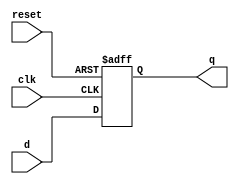
`timescale 1ns / 1ps
//////////////////////////////////////////////////////////////////////////////////
// Company: 
// Engineer: 
// 
// Design Name: 
// Module Name: flopr
// Project Name: 
// Target Devices: 
// Tool Versions: 
// Description: 
// 
// Dependencies: 
// 
// Revision:
// Revision 0.01 - File Created
// Additional Comments:
// 
//////////////////////////////////////////////////////////////////////////////////


module flopr #(parameter WIDTH=32)
              (input clk,reset,
               input [WIDTH-1:0] d,
               output reg [WIDTH-1:0] q);
   
    always @(posedge clk,posedge reset)
    begin
    if(reset) q<=0;
    else q<=d;
    end
endmodule